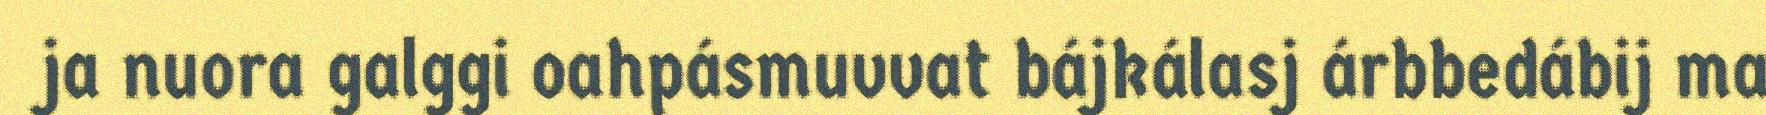
ja nuora galggi oahpásmuvvat bájkálasj árbbedábij ma